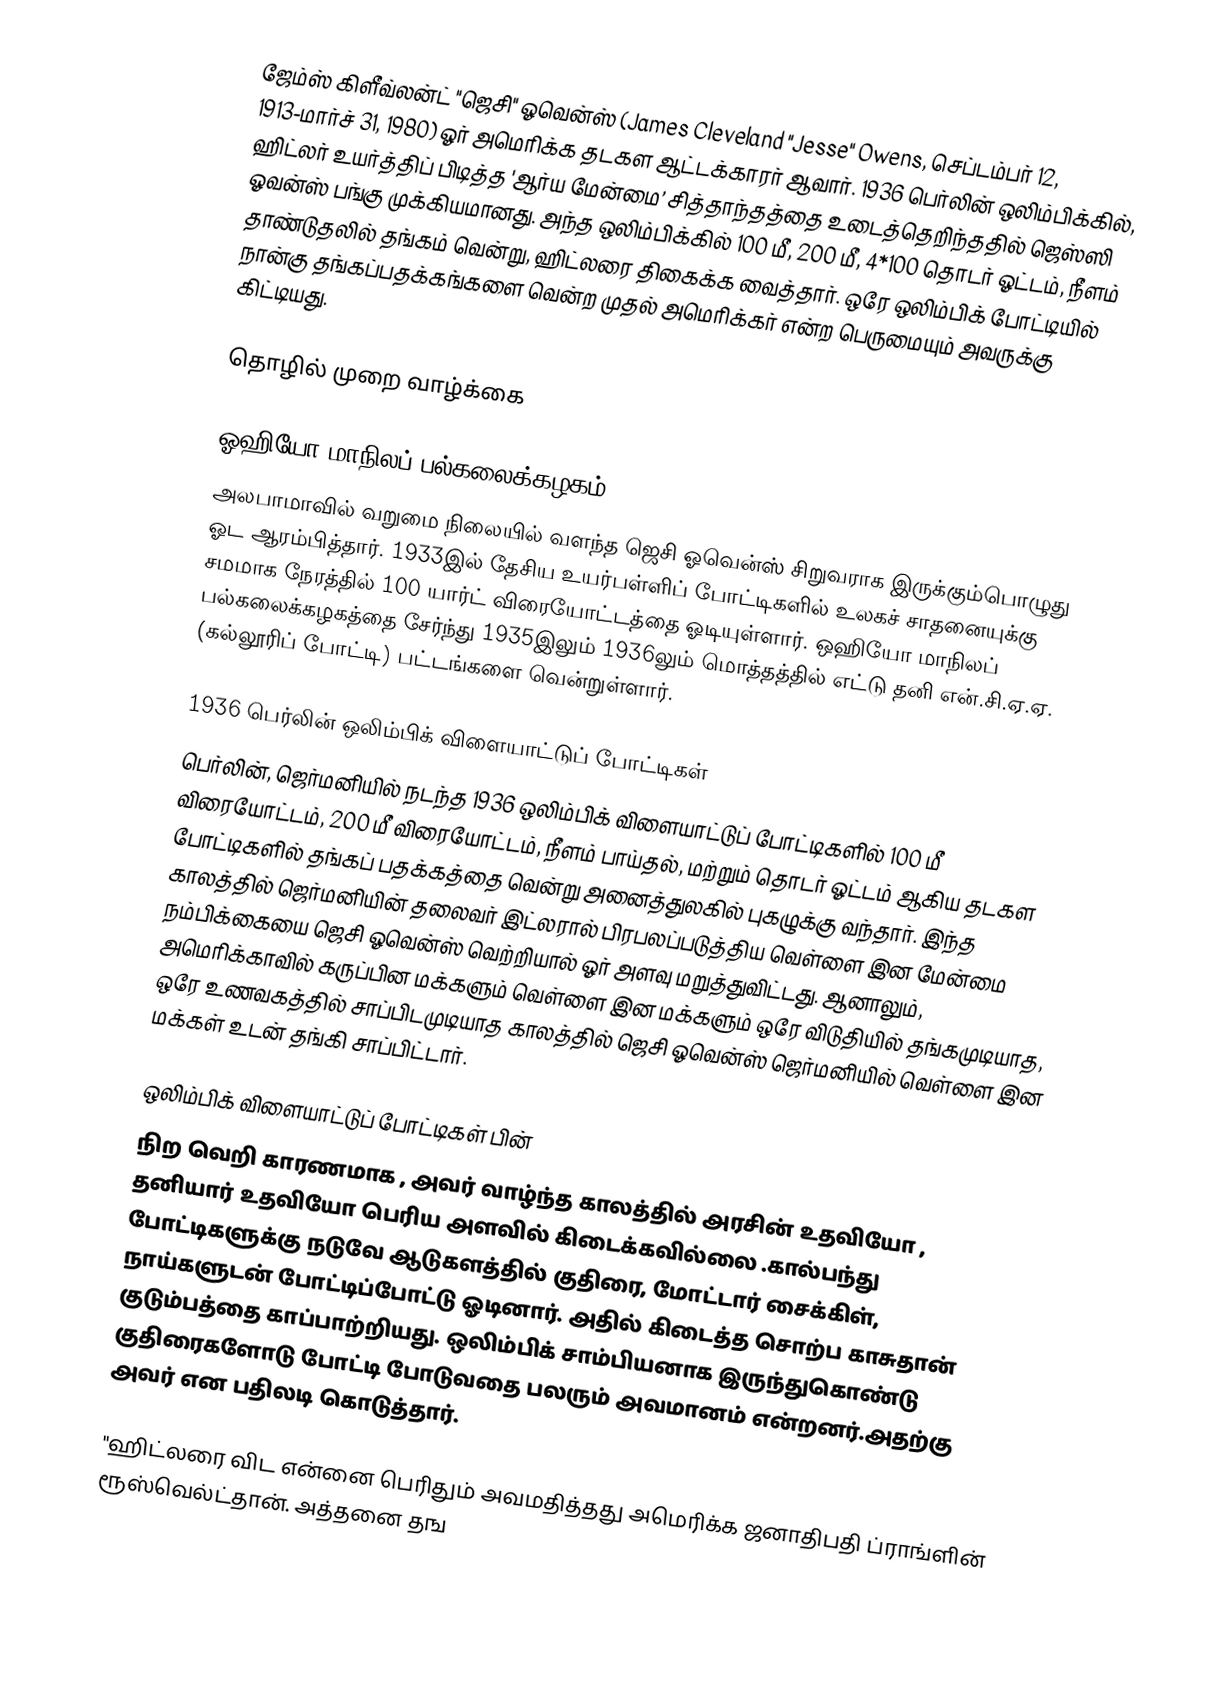
ஜேம்ஸ் கிளீவ்லன்ட் "ஜெசி" ஓவென்ஸ் (James Cleveland "Jesse" Owens, செப்டம்பர் 12, 1913-மார்ச் 31, 1980) ஓர் அமெரிக்க தடகள ஆட்டக்காரர் ஆவார். 1936 பெர்லின் ஒலிம்பிக்கில், ஹிட்லர் உயர்த்திப் பிடித்த 'ஆர்ய மேன்மை’ சித்தாந்தத்தை உடைத்தெறிந்ததில் ஜெஸ்ஸி ஓவன்ஸ் பங்கு முக்கியமானது. அந்த ஒலிம்பிக்கில் 100 மீ, 200 மீ, 4*100 தொடர் ஓட்டம், நீளம் தாண்டுதலில் தங்கம் வென்று, ஹிட்லரை திகைக்க வைத்தார். ஒரே ஒலிம்பிக் போட்டியில் நான்கு தங்கப்பதக்கங்களை வென்ற முதல் அமெரிக்கர் என்ற பெருமையும் அவருக்கு கிட்டியது.

தொழில் முறை வாழ்க்கை

ஓஹியோ மாநிலப் பல்கலைக்கழகம்
அலபாமாவில் வறுமை நிலையில் வளந்த ஜெசி ஓவென்ஸ் சிறுவராக இருக்கும்பொழுது ஓட ஆரம்பித்தார். 1933இல் தேசிய உயர்பள்ளிப் போட்டிகளில் உலகச் சாதனையுக்கு சமமாக நேரத்தில் 100 யார்ட் விரையோட்டத்தை ஓடியுள்ளார். ஒஹியோ மாநிலப் பல்கலைக்கழகத்தை சேர்ந்து 1935இலும் 1936லும் மொத்தத்தில் எட்டு தனி என்.சி.ஏ.ஏ. (கல்லூரிப் போட்டி) பட்டங்களை வென்றுள்ளார்.

1936 பெர்லின் ஒலிம்பிக் விளையாட்டுப் போட்டிகள்
பெர்லின், ஜெர்மனியில் நடந்த 1936 ஒலிம்பிக் விளையாட்டுப் போட்டிகளில் 100 மீ விரையோட்டம், 200 மீ விரையோட்டம், நீளம் பாய்தல், மற்றும் தொடர் ஓட்டம் ஆகிய தடகள போட்டிகளில் தங்கப் பதக்கத்தை வென்று அனைத்துலகில் புகழுக்கு வந்தார். இந்த காலத்தில் ஜெர்மனியின் தலைவர் இட்லரால் பிரபலப்படுத்திய வெள்ளை இன மேன்மை நம்பிக்கையை ஜெசி ஓவென்ஸ் வெற்றியால் ஓர் அளவு மறுத்துவிட்டது. ஆனாலும், அமெரிக்காவில் கருப்பின மக்களும் வெள்ளை இன மக்களும் ஒரே விடுதியில் தங்கமுடியாத, ஒரே உணவகத்தில் சாப்பிடமுடியாத காலத்தில் ஜெசி ஓவென்ஸ் ஜெர்மனியில் வெள்ளை இன மக்கள் உடன் தங்கி சாப்பிட்டார்.

ஒலிம்பிக் விளையாட்டுப் போட்டிகள் பின்
நிற வெறி காரணமாக , அவர் வாழ்ந்த காலத்தில் அரசின் உதவியோ , தனியார் உதவியோ பெரிய அளவில் கிடைக்கவில்லை .கால்பந்து போட்டிகளுக்கு நடுவே ஆடுகளத்தில் குதிரை, மோட்டார் சைக்கிள், நாய்களுடன் போட்டிப்போட்டு ஓடினார். அதில் கிடைத்த சொற்ப காசுதான் குடும்பத்தை காப்பாற்றியது. ஒலிம்பிக் சாம்பியனாக இருந்துகொண்டு குதிரைகளோடு போட்டி போடுவதை பலரும் அவமானம் என்றனர்.அதற்கு அவர்  என பதிலடி கொடுத்தார்.

"ஹிட்லரை விட என்னை பெரிதும் அவமதித்தது அமெரிக்க ஜனாதிபதி ப்ராங்ளின் ரூஸ்வெல்ட்தான். அத்தனை தங